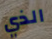
الذي